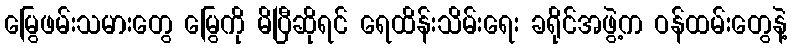
မြွေဖမ်းသမားတွေ မြွေကို မိပြီဆိုရင် ရေထိန်းသိမ်းရေး ခရိုင်အဖွဲ့က ဝန်ထမ်းတွေနဲ့